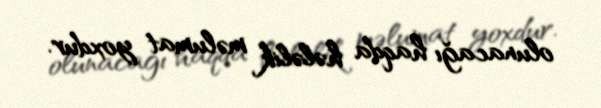
olunacağı haqda hələlik məlumat yoxdur.